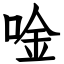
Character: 唫